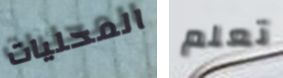
المحليات تعلم